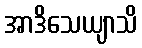
အာဒိသေယျာသိ